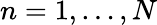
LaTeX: n=1,\dots,N